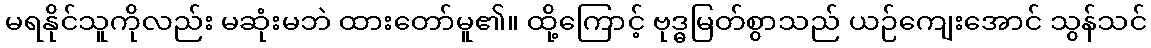
မရနိုင်သူကိုလည်း မဆုံးမဘဲ ထားတော်မူ၏။ ထို့ကြောင့် ဗုဒ္ဓမြတ်စွာသည် ယဉ်ကျေးအောင် သွန်သင်